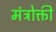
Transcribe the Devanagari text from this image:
मंत्रोक्ती